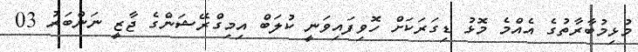
މުޅިމުބާރާތުގެ އެއްމެ މޮޅު ޑިގަރަކަށް ހޮވިފައިވަނީ ކުލަބް އިމިގްރޭޝަންގެ ޖާޒީ ނަންބަރު 03